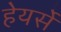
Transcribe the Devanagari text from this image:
हेयर्से